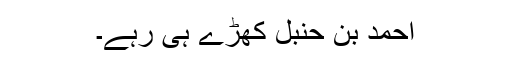
احمد بن حنبل کھڑے ہی رہے۔